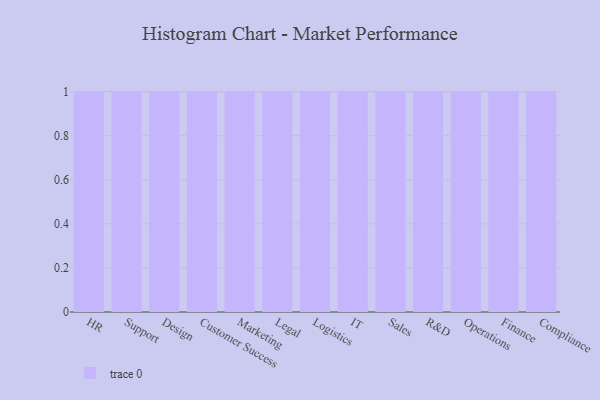
{"axis": {"x": "Department", "y": "Headcount"}, "legend": [""], "data": [{"x": "HR", "y": 81, "type": ""}, {"x": "Support", "y": 89, "type": ""}, {"x": "Design", "y": 39, "type": ""}, {"x": "Customer Success", "y": 88, "type": ""}, {"x": "Marketing", "y": 10, "type": ""}, {"x": "Legal", "y": 22, "type": ""}, {"x": "Logistics", "y": 52, "type": ""}, {"x": "IT", "y": 28, "type": ""}, {"x": "Sales", "y": 2, "type": ""}, {"x": "R&D", "y": 37, "type": ""}, {"x": "Operations", "y": 24, "type": ""}, {"x": "Finance", "y": 61, "type": ""}, {"x": "Compliance", "y": 97, "type": ""}]}